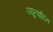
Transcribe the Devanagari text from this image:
व्यूत्पादित